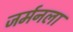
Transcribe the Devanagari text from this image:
जर्मनला